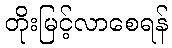
တိုးမြင့်လာစေရန်